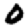
Digit: 0